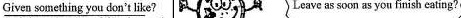
\underline{Given something you don't like?} Leave as soon as you finish eating?